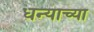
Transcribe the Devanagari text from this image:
धन्याच्या